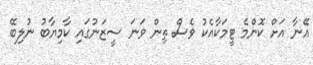
އޭނާ އަށް ކޮންމެ ޓީމަކާއެކު ވެސް ތިން ވަނަ ސީޒަނުގައި ކާމިޔާބު ނުލިބޭ